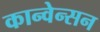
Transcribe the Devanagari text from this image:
कान्वेन्सन